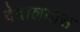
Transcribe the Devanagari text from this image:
देवालयास